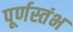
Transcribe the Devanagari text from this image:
पूर्णस्तंभ